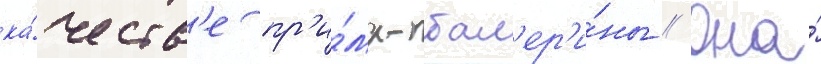
ка́честв'е пр'и́ма-бал'ер'и́ны // Она́